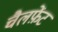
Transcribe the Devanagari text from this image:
चैलफ़ेंट